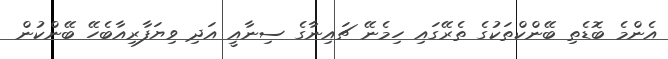
އެންމެ ބޮޑެތި ބޭންކްތަކުގެ ތެރޭގައި ހިމެނޭ ޗައިނާގެ ސިނާއީ އަދި ވިޔަފާރިއާބެހޭ ބޭންކުން